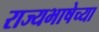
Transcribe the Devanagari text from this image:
राज्यभाषेच्या